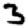
Digit: 3